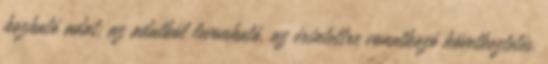
hozható adat, az adatból levonható, az érintettre vonatkozó következtetés.